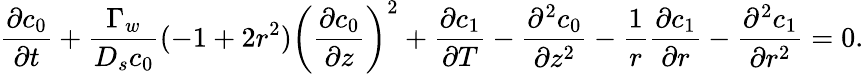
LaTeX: \frac{\partial c_{0}}{\partial t}+\frac{\Gamma_{w}}{D_{s}c_{0}}(-1+2r^{2})\left(\frac{\partial c_{0}}{\partial z}\right)^{2}+\frac{\partial c_{1}}{\partial T}-\frac{\partial^{2}c_{0}}{\partial z^{2}}-\frac{1}{r}\frac{\partial c_{1}}{\partial r}-\frac{\partial^{2}c_{1}}{\partial r^{2}}=0.